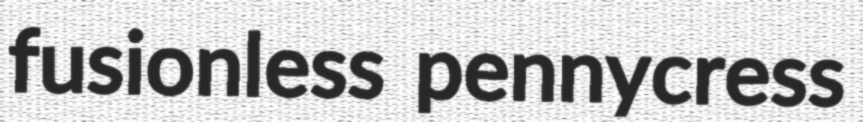
fusionless pennycress